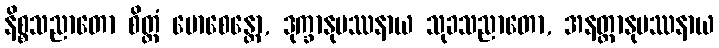
နိစ္စသညာတော စိတ္တံ မောစေန္တော, ဒုက္ခာနုပဿနာယ သုခသညာတော, အနတ္တာနုပဿနာယ